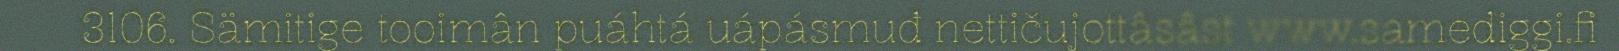
3106. Sämitige tooimân puáhtá uápásmuđ nettičujottâsâst www.samediggi.fi